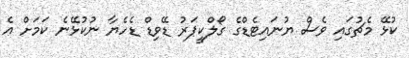
ކުޅޭ މެޗުގައި ވެސް ޔުނައިޓެޑްގެ ގޯލްކީޕަރު ޑޭވިޑް ޑެހެޔާ ނުކުޅޭނެ ކަމަށް އެ